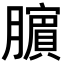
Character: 𬛜